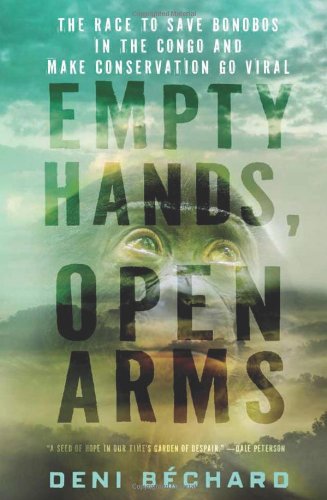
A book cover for Empty Hands, Open Arms: The Race to Save Bonobos in the Congo and Make Conservation Go Viral; Deni BÃ©chard; Travel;